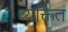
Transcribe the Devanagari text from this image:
व्यक्तित